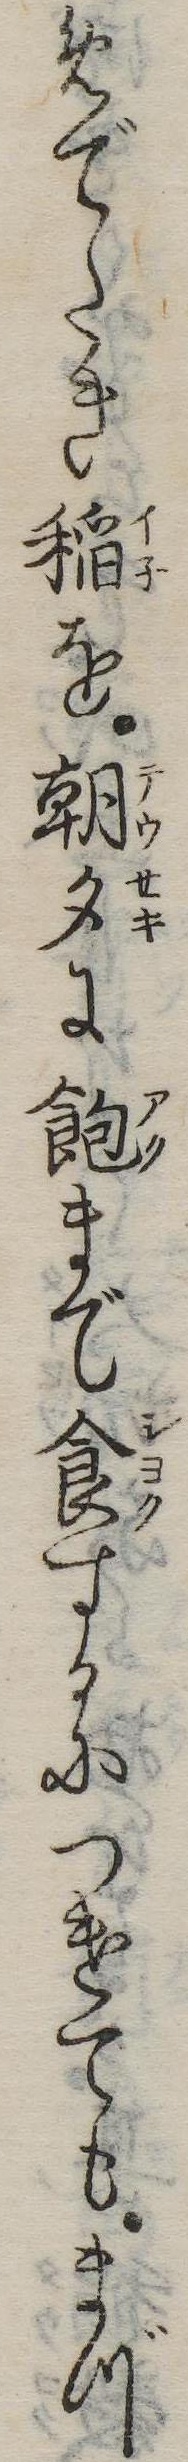
めでたき稲を朝夕に飽まで食するにつけてもまづ